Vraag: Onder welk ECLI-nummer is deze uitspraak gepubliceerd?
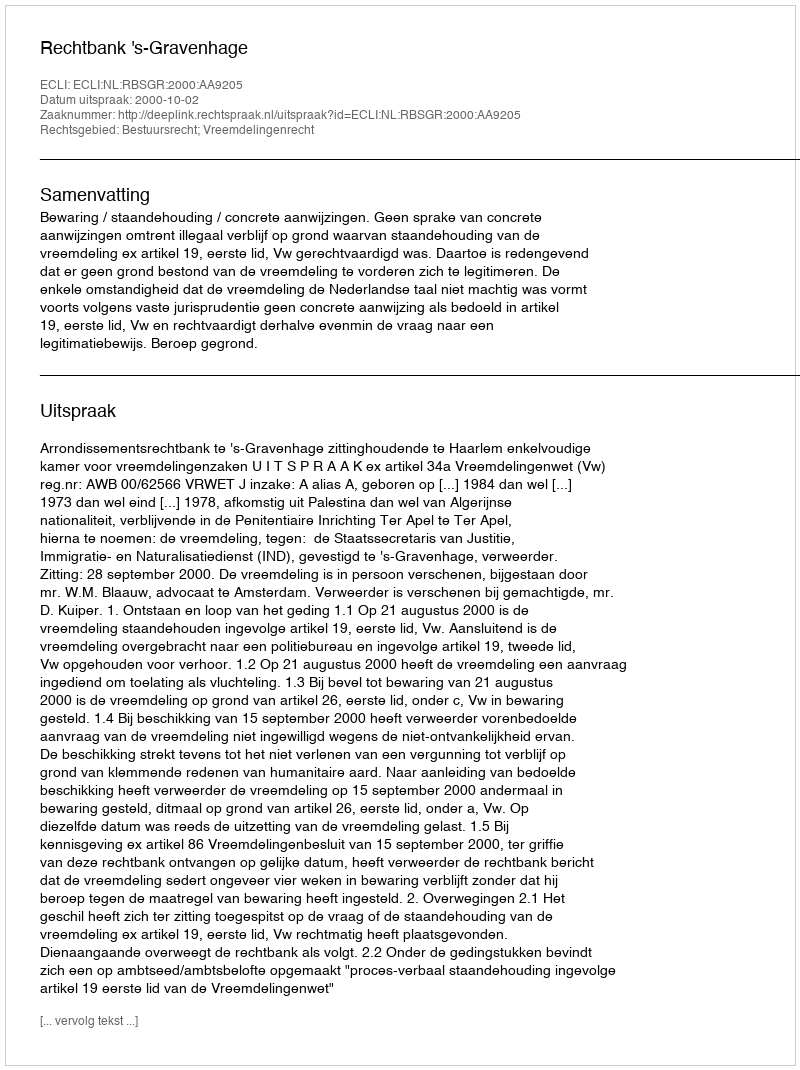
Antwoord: ECLI:NL:RBSGR:2000:AA9205